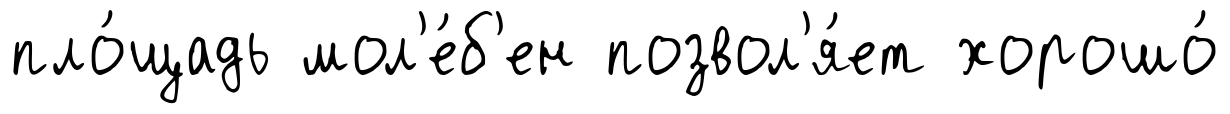
пло́щадь мол'е́б'ен позвол'я́ет хорошо́